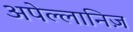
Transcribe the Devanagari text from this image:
अपेल्लानिज़